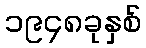
၁၉၄၈ခုနှစ်